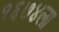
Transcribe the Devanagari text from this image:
१६७४ला